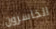
الخاسرون